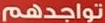
تواجدهم